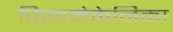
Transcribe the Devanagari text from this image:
फिनमेकेनिका